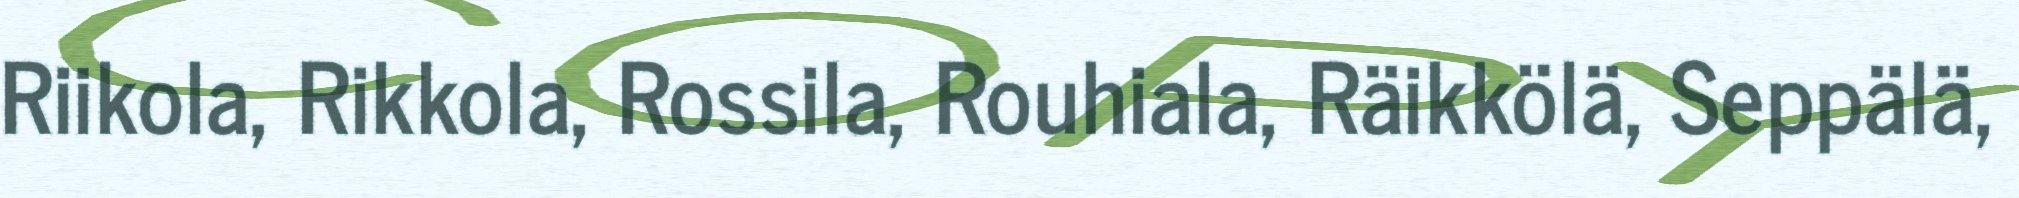
Riikola, Rikkola, Rossila, Rouhiala, Räikkölä, Seppälä,